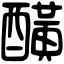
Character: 䤑